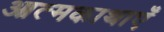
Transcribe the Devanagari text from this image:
आत्मकाथाएँ